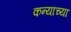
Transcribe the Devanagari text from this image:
कन्यांच्या